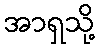
အာရှသို့